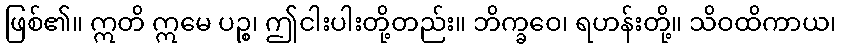
ဖြစ်၏။ ဣတိ ဣမေ ပဉ္စ၊ ဤငါးပါးတို့တည်း။ ဘိက္ခဝေ၊ ရဟန်းတို့။ သိဝထိကာယ၊